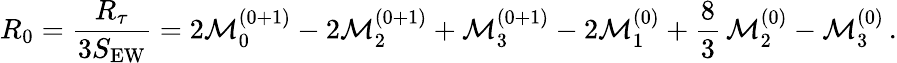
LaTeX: R_{0}={\frac{R_{\tau}}{3S_{\mathrm{EW}}}}=2{\cal M}_{0}^{(0+1)}-2{\cal M}_{2}^{(0+1)}+{\cal M}_{3}^{(0+1)}-2{\cal M}_{1}^{(0)}+{\frac{8}{3}}\, {\cal M}_{2}^{(0)}-{\cal M}_{3}^{(0)}\, .